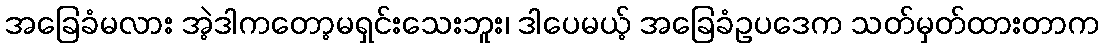
အခြေခံမလား အဲ့ဒါကတော့မရှင်းသေးဘူး၊ ဒါပေမယ့် အခြေခံဥပဒေက သတ်မှတ်ထားတာက